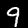
Label: 9